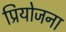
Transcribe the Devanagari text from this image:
प्रियोजना